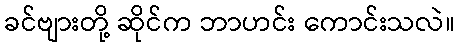
ခင်ဗျားတို့ ဆိုင်က ဘာဟင်း ကောင်းသလဲ။